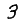
Digit: 3